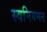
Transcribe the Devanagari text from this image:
स्वनियमन